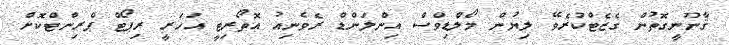
ޤާނޫނީގޮތުން ގެޒެޓްކުރެވޭ ލިޔުން މޯލްޑިވްސް އިންލަންޑް ރެވެނިއު އޮތޯރިޓީ އަހަރީ ރިޕޯޓް ޕްރިންޓްކޮށް